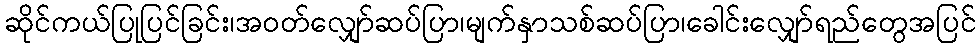
ဆိုင်ကယ်ပြုပြင်ခြင်း၊အဝတ်လျှော်ဆပ်ပြာ၊မျက်နှာသစ်ဆပ်ပြာ၊ခေါင်းလျှော်ရည်တွေအပြင်